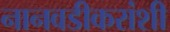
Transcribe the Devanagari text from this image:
नानवडीकरांशी